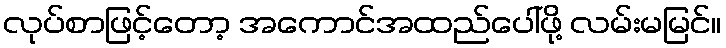
လုပ်စာဖြင့်တော့ အကောင်အထည်ပေါ်ဖို့ လမ်းမမြင်။